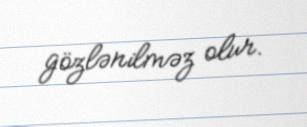
gözlənilməz olur.